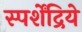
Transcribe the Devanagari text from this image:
स्पर्शेंद्रिये